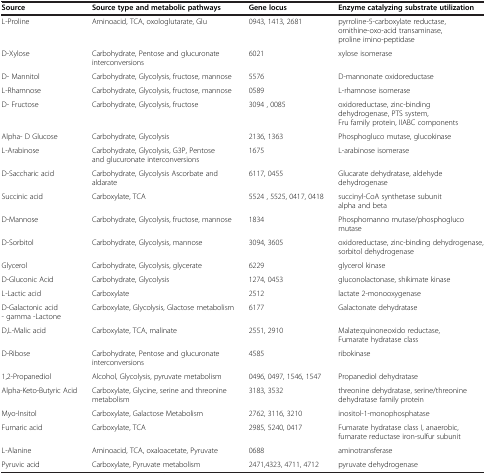
<table><thead><tr><td><b>Source</b></td><td><b>Source type and metabolic pathways</b></td><td><b>Gene locus</b></td><td><b>Enzyme catalyzing substrate utilization</b></td></tr></thead><tbody><tr><td>L-Proline</td><td>Aminoacid, TCA, oxologlutarate, Glu</td><td>0943, 1413, 2681</td><td>pyrroline-5-carboxylate reductase, ornithine-oxo-acid transaminase, proline imino-peptidase</td></tr><tr><td>D-Xylose</td><td>Carbohydrate, Pentose and glucuronate interconversions</td><td>6021</td><td>xylose isomerase</td></tr><tr><td>D- Mannitol</td><td>Carbohydrate, Glycolysis, fructose, mannose</td><td>5576</td><td>D-mannonate oxidoreductase</td></tr><tr><td>L-Rhamnose</td><td>Carbohydrate, Glycolysis, fructose, mannose</td><td>0589</td><td>L-rhamnose isomerase</td></tr><tr><td>D- Fructose</td><td>Carbohydrate, Glycolysis, fructose</td><td>3094 , 0085</td><td>oxidoreductase, zinc-binding dehydrogenase, PTS system, Fru family protein, IIABC components</td></tr><tr><td>Alpha- D Glucose</td><td>Carbohydrate, Glycolysis</td><td>2136, 1363</td><td>Phosphogluco mutase, glucokinase</td></tr><tr><td>L-Arabinose</td><td>Carbohydrate, Glycolysis, G3P, Pentose and glucuronate interconversions</td><td>1675</td><td>L-arabinose isomerase</td></tr><tr><td>D-Saccharic acid</td><td>Carbohydrate, Glycolysis Ascorbate and aldarate</td><td>6117, 0455</td><td>Glucarate dehydratase, aldehyde dehydrogenase</td></tr><tr><td>Succinic acid</td><td>Carboxylate, TCA</td><td>5524 , 5525, 0417, 0418</td><td>succinyl-CoA synthetase subunit alpha and beta</td></tr><tr><td>D-Mannose</td><td>Carbohydrate, Glycolysis, fructose, mannose</td><td>1834</td><td>Phosphomanno mutase/phosphogluco mutase</td></tr><tr><td>D-Sorbitol</td><td>Carbohydrate, Glycolysis, mannose</td><td>3094, 3605</td><td>oxidoreductase, zinc-binding dehydrogenase, sorbitol dehydrogenase</td></tr><tr><td>Glycerol</td><td>Carbohydrate, Glycolysis, glycerate</td><td>6229</td><td>glycerol kinase</td></tr><tr><td>D-Gluconic Acid</td><td>Carbohydrate, Glycolysis</td><td>1274, 0453</td><td>gluconolactonase, shikimate kinase</td></tr><tr><td>L-Lactic acid</td><td>Carboxylate</td><td>2512</td><td>lactate 2-monooxygenase</td></tr><tr><td>D-Galactonic acid - gamma -Lactone</td><td>Carboxylate, Glycolysis, Glactose metabolism</td><td>6177</td><td>Galactonate dehydratase</td></tr><tr><td>D,L-Malic acid</td><td>Carboxylate, TCA, malinate</td><td>2551, 2910</td><td>Malate:quinoneoxido reductase, Fumarate hydratase class</td></tr><tr><td>D-Ribose</td><td>Carbohydrate, Pentose and glucuronate interconversions</td><td>4585</td><td>ribokinase</td></tr><tr><td>1,2-Propanediol</td><td>Alcohol, Glycolysis, pyruvate metabolism</td><td>0496, 0497, 1546, 1547</td><td>Propanediol dehydratase</td></tr><tr><td>Alpha-Keto-Butyric Acid</td><td>Carboxylate, Glycine, serine and threonine metabolism</td><td>3183, 3532</td><td>threonine dehydratase, serine/threonine dehydratase family protein</td></tr><tr><td>Myo-Insitol</td><td>Carboxylate, Galactose Metabolism</td><td>2762, 3116, 3210</td><td>inositol-1-monophosphatase</td></tr><tr><td>Fumaric acid</td><td>Carboxylate, TCA</td><td>2985, 5240, 0417</td><td>Fumarate hydratase class I, anaerobic, fumarate reductase iron-sulfur subunit</td></tr><tr><td>L-Alanine</td><td>Aminoacid, TCA, oxaloacetate, Pyruvate</td><td>0688</td><td>aminotransferase</td></tr><tr><td>Pyruvic acid</td><td>Carboxylate, Pyruvate metabolism</td><td>2471,4323, 4711, 4712</td><td>pyruvate dehydrogenase</td></tr></tbody></table>